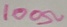
Text: 100Ω